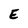
Character: E